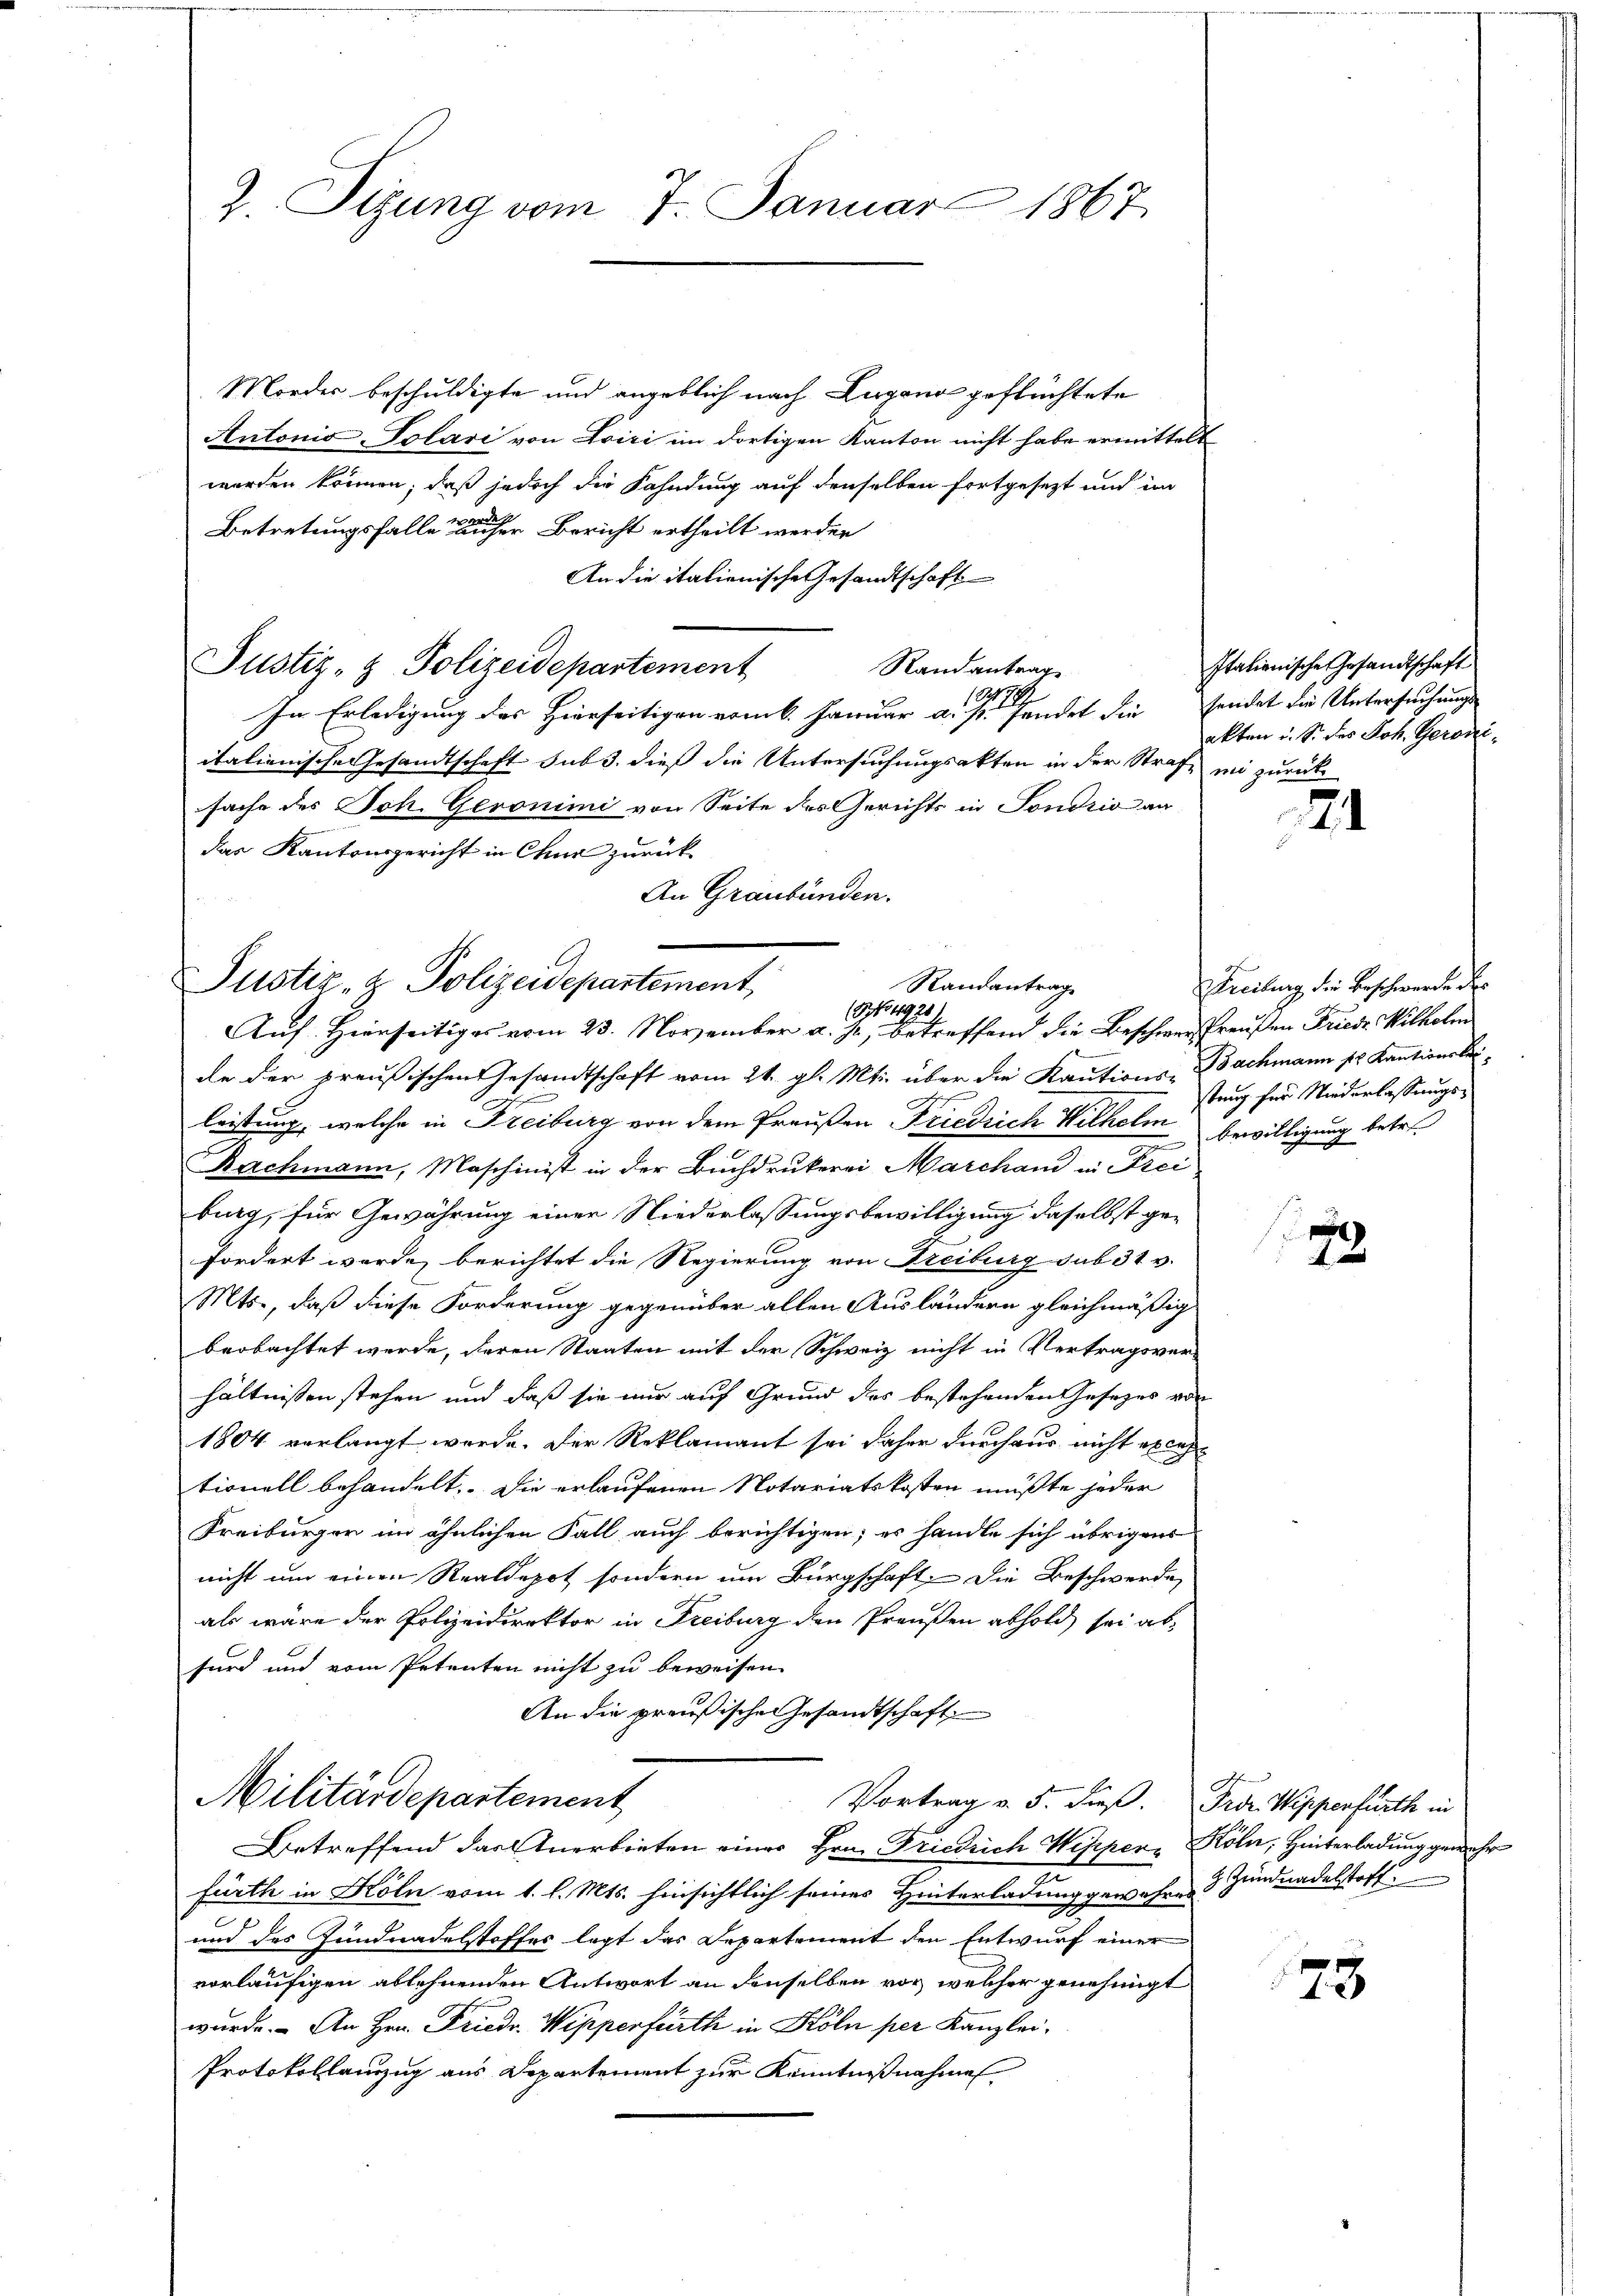
Z. Sizung vom 7. Januar 1867

Mordes beschuldigte und angeblich nach Lugano geftüchtete
Antonio -Polari von Aviri im dortigen Kanton nicht habe ermittelt
worden können, daß jedoch die Fahndung auf denselben fortgesezt und im
Betretungsfalle der einer Bericht ertheilt werden
An die italienische Gesandtschaft
Justiz- & Polizeidepartement
Randantrag
7
In Erledigung des Hierseitigen vom 6. Januar a. s. fandet die sendet die Untersuchungs
italienische Gesandtschaft sub 3. dieß die Untersuchungsakten in der Strafe in zurück
sache des Joh. Geronimi von Seite des Gerichts in Sondrio an
das Kantonsgericht in Chur zurück¬
An Graubünden.

Justiz- & Polizeidepartement,
Randantrag
(No 49201
Auf. Hierseitiges vom 23. November a. p., betreffend die Beschwer Preußen Friede Wilhelm

de der preußischen Gesandtschaft vom 24. gl. Mts. über die Kautions-Bachmann pr. Kautionsleileistung, welche in Freiburg von dem Preußen Friedrich Wilhelm bewilligung betr.
Rachmann, Maschinist in der Buchdrukerei Marchau in Frei
burg, für Gewährung einer Niederlassungsbewilligung daselbst gefordert wurde, berichtet die Regierung von Freiburg sub 31 v.
Mts., daß diese Forderung gegenüber allen Ausländern gleichmäßig
beobachtet werde, deren Staaten mit der Schweiz nicht in Vertragsver-
hältnissen stehen und daß sie nur auf Grund des bestehenden Gesetzes von
1804 verlangt werde. Der Reklamant sei daher durchaus nicht excep
tionell behandelt. Die erlaufenen Notariatskosten müßte jeder
Freiburger im ähnlichen Fall auch berichtigen; es handle sich übrigens
nicht um einen Realdepot sondern um Bürgschaft. Die Beschwerde
als wäre der Polizeidirektor in Freiburg den Preußen abhold sei absurd und vom Petenten nicht zu beweisen.
An die preußische Gesandtschaft
Militärdepartement
Vortrag v. 5. dieß. Proz. Wippenfürth in
Betreffend das Anerbieten einer Hrn. Friedrich Wesper Köln, Hinterladung gemehr
e
fürth in Köln vom 1. l. Mts. hinsichtlich seines Hinterladung gewahrend Zundnadelstoff
.
und des Gundnadelstoffes legt das Departement den Entwurf einer
vorläufigen ablehnenden Antwort an denselben vor, welcher genehmigt
wurde. – An Hrn. Friedr. Wipperfürth in Köln per Kanzlei¬
Protokollanzug aus Departement zur Kenntnißnahme

x

Italienische Gesandtschaft
akten u. S. des Joh. Geroni¬

71

Freilung die Beschwerde der
stung für Niederlassungs¬

79